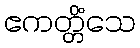
ဧကတ္တိံသေ